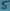
Text: 5